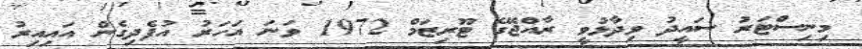
މިނިސްޓަރު ސައީދު ވިދާޅުވީ ރާއްޖޭގެ ޓޫރިޒަމް 1972 ވަނަ އަހަރު އުފެދިގެން އައިއިރު